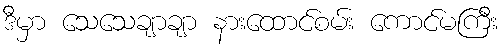
ဒီမှာ သေသေချာချာ နားထောင်စမ်း ကောင်မကြီး